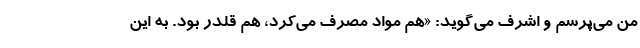
من می‌پرسم و اشرف می‌گوید: «هم مواد مصرف می‌کرد، هم قلدر بود. به این